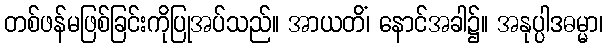
တစ်ဖန်မဖြစ်ခြင်းကိုပြုအပ်သည်။ အာယတိံ၊ နောင်အခါ၌။ အနုပ္ပါဒဓမ္မာ၊